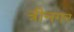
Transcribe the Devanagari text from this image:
त्रीनगर